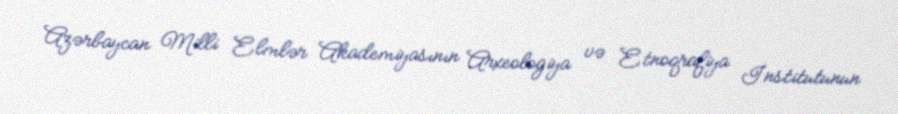
Azərbaycan Milli Elmlər Akademiyasının Arxeologiya və Etnoqrafiya İnstitutunun